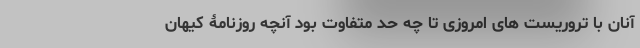
آنان با تروریست های امروزی تا چه حد متفاوت بود آنچه روزنامۀ کیهان